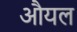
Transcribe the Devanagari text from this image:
औयल